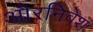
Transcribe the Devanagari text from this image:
औरनिवेश